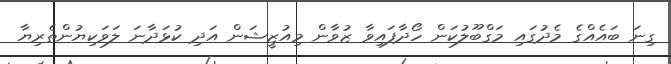
ގިނަ ބައެއްގެ މެދުގައި މަގްބޫލުކަން ހޯދާފައިވާ ޒުވާން މިއުޒީޝަން އަދި ކުޅަދާނަ ލަވަކިޔުންތެރިޔާ